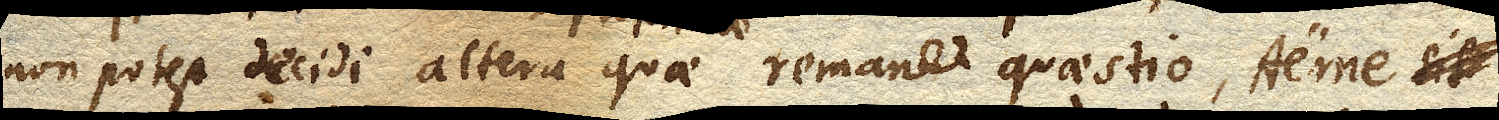
non potest decidi altera quae remanet quaestio, Aerne sit